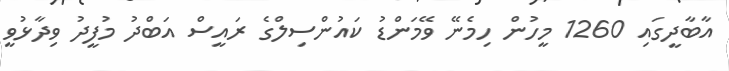
އާބާދީގައި 1260 މީހުން ހިމެނޭ ވޭމަންޑު ކައުންސިލްގެ ރައީސް އަބްދު މުފީދު ވިދާޅުވީ